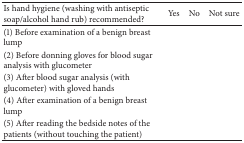
| Is hand hygiene (washing with antiseptic soap/alcohol hand rub) recommended? | Yes | No | Not sure |
 | --- | --- | --- | --- |
 | (1) Before examination of a benign breast lump |  |  |  |
 | (2) Before donning gloves for blood sugar analysis with glucometer |  |  |  |
 | (3) After blood sugar analysis (with glucometer) with gloved hands |  |  |  |
 | (4) After examination of a benign breast lump |  |  |  |
 | (5) After reading the bedside notes of the patients (without touching the patient) |  |  |  |